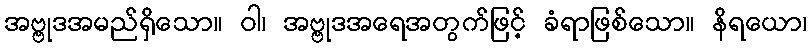
အဗ္ဗုဒအမည်ရှိသော။ ဝါ၊ အဗ္ဗုဒအရေအတွက်ဖြင့် ခံရာဖြစ်သော။ နိရယော၊